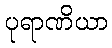
ပုရာဏိယာ